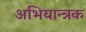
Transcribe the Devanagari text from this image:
अभियान्त्रक